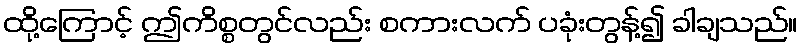
ထို့ကြောင့် ဤကိစ္စတွင်လည်း စကားလက် ပခုံးတွန့်၍ ခါချသည်။